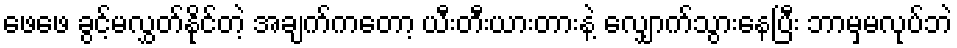
ဖေဖေ ခွင့်မလွှတ်နိုင်တဲ့ အချက်ကတော့ ယီးတီးယားတားနဲ့ လျှောက်သွားနေပြီး ဘာမှမလုပ်ဘဲ